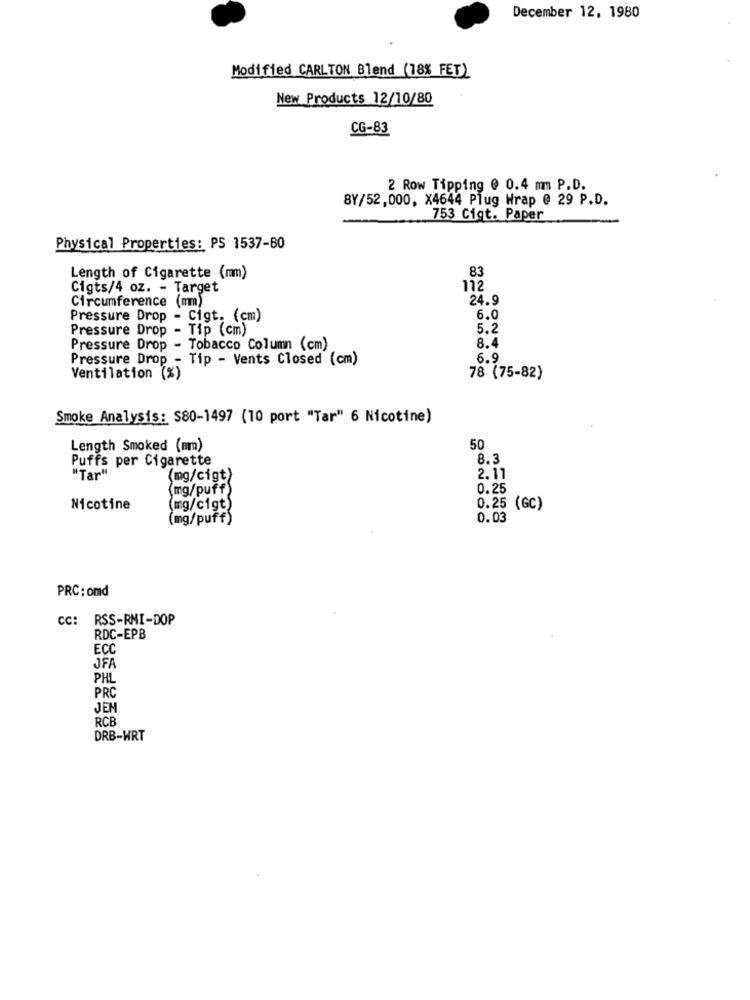
December 12, 1980
Modified CARLTON Blend (18% FET)
New Products 12/10/80
CG-83
2 Row Tipping @ 0.4 mm P.D.
8Y/52,000, X4644 Plug Wrap @ 29 P.D.
753 Cigt. Paper
Physical Properties: PS 1537-B0
83
Length of Cigarette (mm)
Cigts/4 oz. - Target
112
Circumference (mm)
24.9
Pressure Drop - Cigt. (cm)
6.0
Pressure Drop - Tip (cm)
5.2
8.4
Pressure Drop - Tobacco Column (cm)
Pressure Drop - Tip - Vents Closed (cm)
6.9
Ventilation (%)
78 (75-82)
Smoke Analysis: S80-1497 (10 port "Tar" 6 Nicotine)
Length Smoked (mm)
50
Puffs per Cigarette
8.3
"Tar"
(mg/cigt)
2.11
(mg/puff)
0.25
Nicotine
(mg/cigt)
0.25 (GC)
(mg/puff)
0.03
PRC: omd
CC: RSS-RMI-DOP
RDC-EPB
ECC
JFA
PHL
PRC
JEN
RCB
DRB-WRT